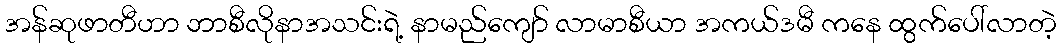
အန်ဆုဖာတီဟာ ဘာစီလိုနာအသင်းရဲ့ နာမည်ကျော် လာမာစီယာ အကယ်ဒမီ ကနေ ထွက်ပေါ်လာတဲ့